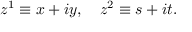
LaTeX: z ^ { 1 } \equiv x + i y , ~ ~ ~ z ^ { 2 } \equiv s + i t .